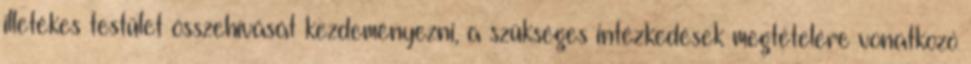
illetékes testület összehívását kezdeményezni, a szükséges intézkedések megtételére vonatkozó